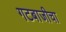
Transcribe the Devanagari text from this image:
गटबाजीचा